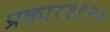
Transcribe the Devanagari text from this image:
प्रकार१९२०